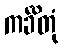
ကင်္ခိတုံ